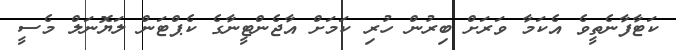
ކަޓާފާނެތީވެ އެކަމާ ވަރަށް ބިރުން ހުރި ކަމަށް އާޖެންޓީނާގެ ކެޕްޓަން ލަޔޮނަލް މެސީ